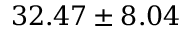
3 2 . 4 7 \pm 8 . 0 4